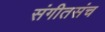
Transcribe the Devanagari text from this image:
संगीतसंच